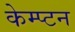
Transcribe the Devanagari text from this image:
केम्प्टन